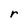
Character: r